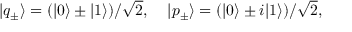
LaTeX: | q _ { \pm } \rangle = ( | 0 \rangle \pm | 1 \rangle ) / \sqrt { 2 } , \; \; \; \; | p _ { \pm } \rangle = ( | 0 \rangle \pm i | 1 \rangle ) / \sqrt { 2 } ,